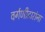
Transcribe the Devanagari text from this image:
वर्गणीदारांना